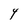
Character: Y